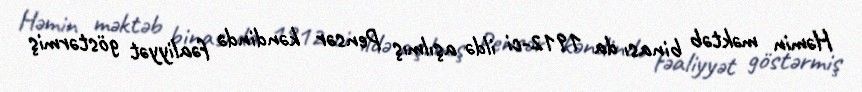
Həmin məktəb binası da 1912-ci ildə aşılmış Pensər kəndində fəaliyyət göstərmiş